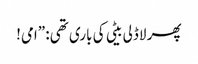
پھر لاڈلی بیٹی کی باری تھی: ”امی!